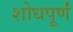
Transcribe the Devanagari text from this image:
शोधपूर्णं